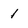
Character: 1